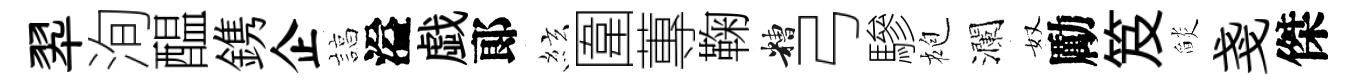
翆洵醖鎸企諄溢戯郞絃圍蓴鞠糟弓驂袍瀾奴勵笈𦦨戔傑